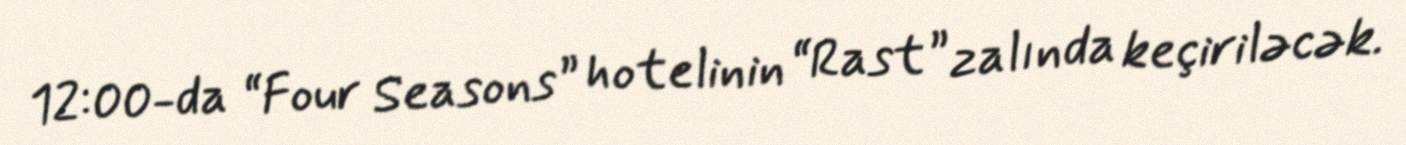
12:00-da “Four Seasons” hotelinin “Rast” zalında keçiriləcək.